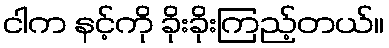
ငါက နင့်ကို ခိုးခိုးကြည့်တယ်။